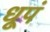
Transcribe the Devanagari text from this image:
धूपं